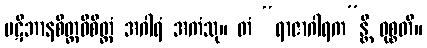
ပဋိဘာနစိတ္တဝိစိတ္တံ အဂါရံ အကံသု။ တံ “ရာဇာဂါရက”န္တိ ဝုစ္စတိ။